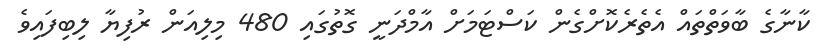
ކާނާގެ ބާވަތްތައް އެތެރެކޮށްގެން ކަސްޓަމަށް އާމްދަނީ ގޮތުގައި 480 މިލިއަން ރުފިޔާ ލިބިފައިވެ